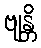
ဗျန္တိ